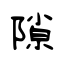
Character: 隙